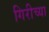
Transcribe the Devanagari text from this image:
गिरीच्या